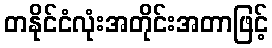
တနိုင်ငံလုံးအတိုင်းအတာဖြင့်